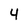
Character: 4